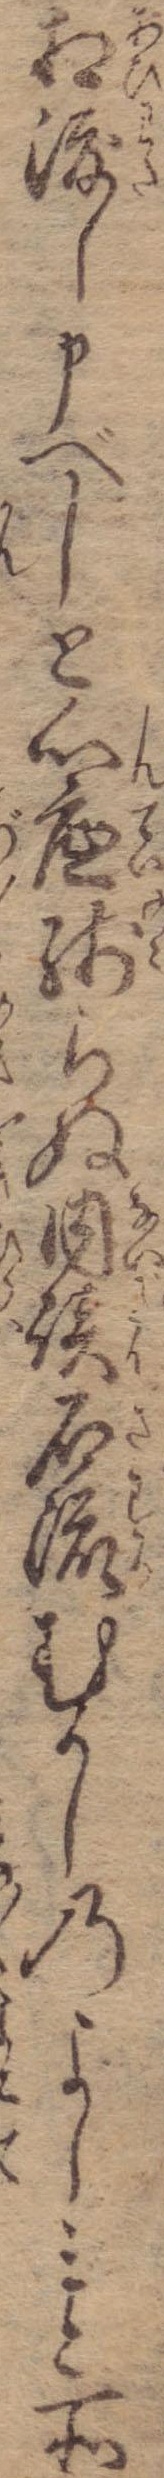
相渡し申べしと心底残らぬ内談石流むかしのよしみと所